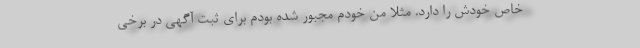
خاص خودش را دارد. مثلا من خودم مجبور شده بودم برای ثبت آگهی در برخی